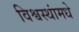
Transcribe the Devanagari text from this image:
विश्वस्थांमधे